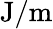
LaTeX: \mathrm{J}/\mathrm{m}